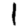
Digit: 1